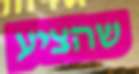
שהציע